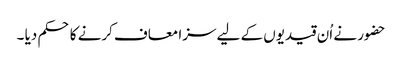
حضور نے اُن قیدیوں کے لیے سزا معاف کرنے کا حکم دیا ۔